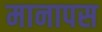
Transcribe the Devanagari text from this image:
मानापस